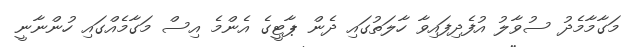
މަގާމާމެދު ސުވާލު އުފެދިފައިވާ ހާލަތުގައި ދެން ޕާޓީގެ އެންމެ އިސް މަގާމެއްގައި ހުންނާނީ